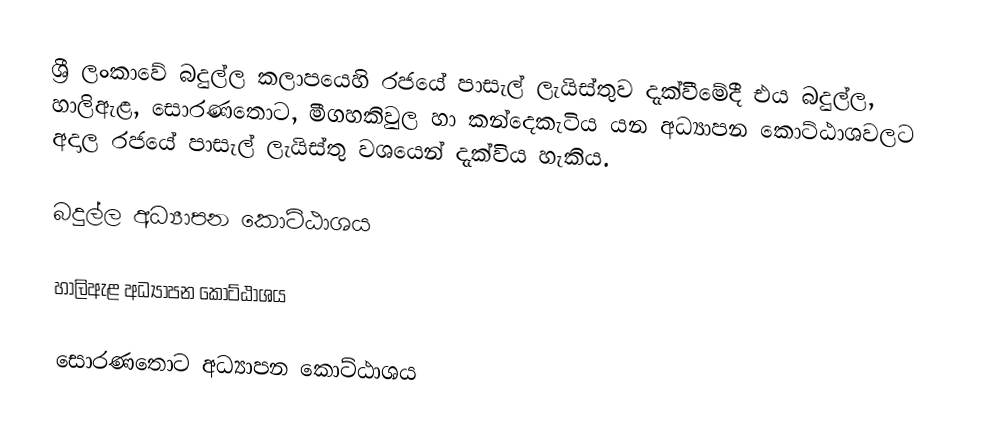
ශ්‍රී ලංකාවේ බදුල්ල කලාපයෙහි රජයේ පාසැල් ලැයිස්තුව  දැක්වීමේදී  එය බදුල්ල, හාලිඇළ, සොරණතොට, මීගහකිවුල හා කන්දෙකැටිය යන අධ්‍යාපන කොට්ඨාශවලට අදාල රජයේ පාසැල් ලැයිස්තු වශයෙන් දැක්විය හැකිය.

බදුල්ල අධ්‍යාපන කොට්ඨාශය

හාලිඇළ අධ්‍යාපන කොට්ඨාශය

සොරණතොට අධ්‍යාපන කොට්ඨාශය